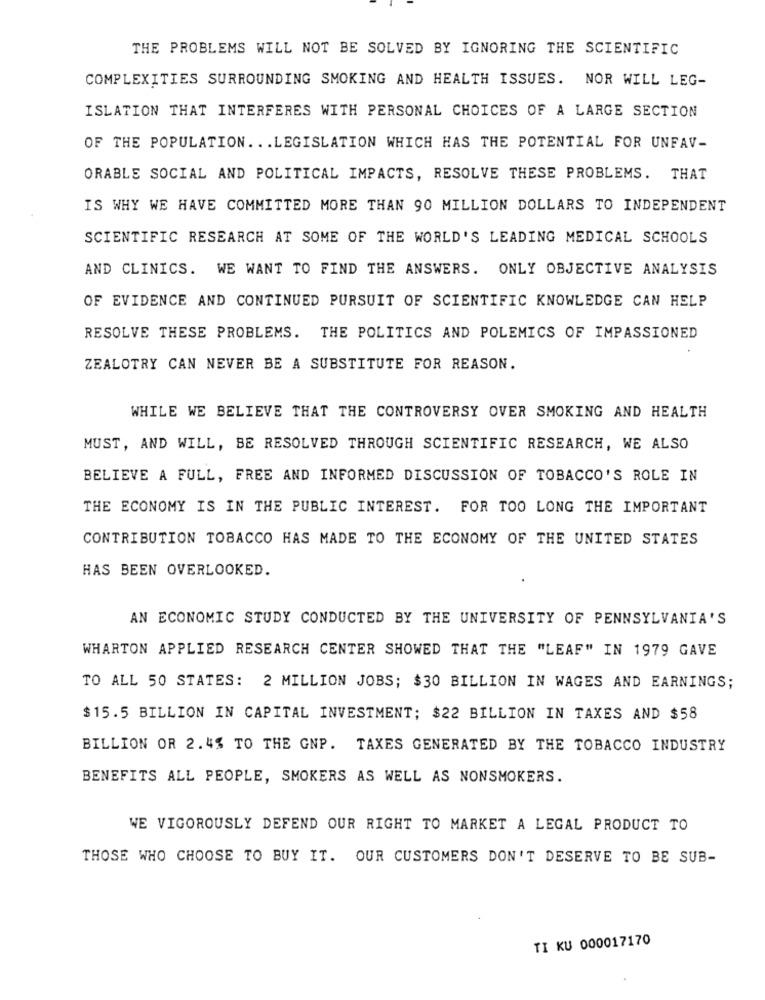
THE PROBLEMS WILL NOT BE SOLVED BY IGNORING THE SCIENTIFIC
COMPLEXITIES SURROUNDING SMOKING AND HEALTH ISSUES. NOR WILL LEG-
ISLATION THAT INTERFERES WITH PERSONAL CHOICES OF A LARGE SECTION
OF THE POPULATION. .. LEGISLATION WHICH HAS THE POTENTIAL FOR UNFAV-
ORABLE SOCIAL AND POLITICAL IMPACTS, RESOLVE THESE PROBLEMS. THAT
IS WHY WE HAVE COMMITTED MORE THAN 90 MILLION DOLLARS TO INDEPENDENT
SCIENTIFIC RESEARCH AT SOME OF THE WORLD'S LEADING MEDICAL SCHOOLS
AND CLINICS. WE WANT TO FIND THE ANSWERS. ONLY OBJECTIVE ANALYSIS
OF EVIDENCE AND CONTINUED PURSUIT OF SCIENTIFIC KNOWLEDGE CAN HELP
RESOLVE THESE PROBLEMS. THE POLITICS AND POLEMICS OF IMPASSIONED
ZEALOTRY CAN NEVER BE A SUBSTITUTE FOR REASON.
WHILE WE BELIEVE THAT THE CONTROVERSY OVER SMOKING AND HEALTH
MUST, AND WILL, BE RESOLVED THROUGH SCIENTIFIC RESEARCH, WE ALSO
BELIEVE A FULL, FREE AND INFORMED DISCUSSION OF TOBACCO'S ROLE IN
THE ECONOMY IS IN THE PUBLIC INTEREST. FOR TOO LONG THE IMPORTANT
CONTRIBUTION TOBACCO HAS MADE TO THE ECONOMY OF THE UNITED STATES
HAS BEEN OVERLOOKED.
AN ECONOMIC STUDY CONDUCTED BY THE UNIVERSITY OF PENNSYLVANIA'S
WHARTON APPLIED RESEARCH CENTER SHOWED THAT THE "LEAF" IN 1979 GAVE
TO ALL 50 STATES: 2 MILLION JOBS; $30 BILLION IN WAGES AND EARNINGS;
$15.5 BILLION IN CAPITAL INVESTMENT; $22 BILLION IN TAXES AND $58
BILLION OR 2.4% TO THE GNP. TAXES GENERATED BY THE TOBACCO INDUSTRY
BENEFITS ALL PEOPLE, SMOKERS AS WELL AS NONSMOKERS.
WE VIGOROUSLY DEFEND OUR RIGHT TO MARKET A LEGAL PRODUCT TO
THOSE WHO CHOOSE TO BUY IT. OUR CUSTOMERS DON'T DESERVE TO BE SUB-
TI KU 000017170